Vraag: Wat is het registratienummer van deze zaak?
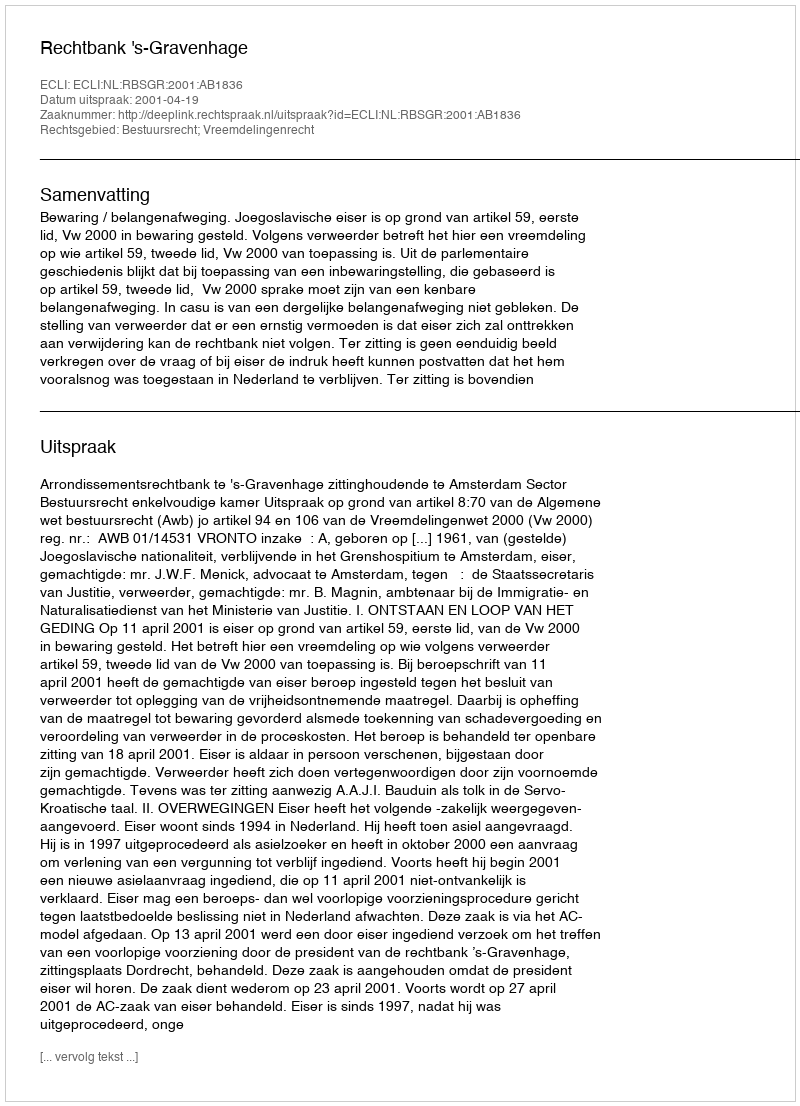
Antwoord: http://deeplink.rechtspraak.nl/uitspraak?id=ECLI:NL:RBSGR:2001:AB1836